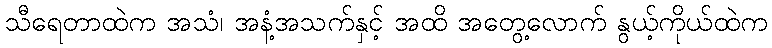
သီရေတာထဲက အသံ၊ အနံ့အသက်နှင့် အထိ အတွေ့လောက် နွယ့်ကိုယ်ထဲက